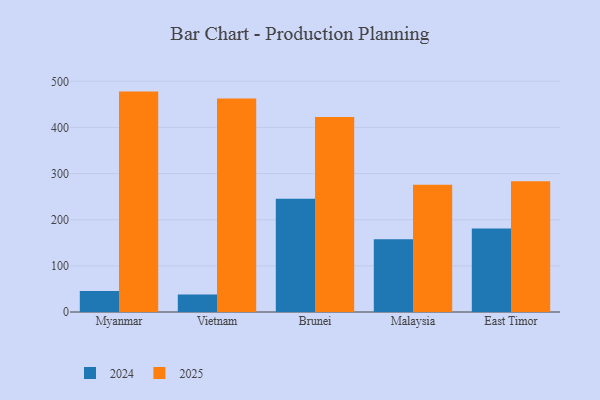
{"axis": {"x": "Country", "y": "Page Views"}, "legend": ["2024", "2025"], "data": [{"x": "Myanmar", "y": 477.7, "type": "2025"}, {"x": "Myanmar", "y": 45.3, "type": "2024"}, {"x": "Vietnam", "y": 462.5, "type": "2025"}, {"x": "Vietnam", "y": 37.8, "type": "2024"}, {"x": "Brunei", "y": 422.4, "type": "2025"}, {"x": "Brunei", "y": 245.3, "type": "2024"}, {"x": "Malaysia", "y": 276.0, "type": "2025"}, {"x": "Malaysia", "y": 157.8, "type": "2024"}, {"x": "East Timor", "y": 283.2, "type": "2025"}, {"x": "East Timor", "y": 181.2, "type": "2024"}]}